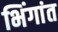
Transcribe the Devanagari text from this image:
भिंगांत